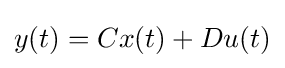
y(t)=Cx(t)+Du(t)